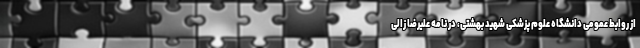
از روابط عمومی دانشگاه علوم پزشکی شهید بهشتی، در نامه علیرضا زالی